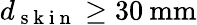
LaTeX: d_{\mathrm{~s~k~i~n~}}\geq 30\: \mathrm{mm}